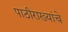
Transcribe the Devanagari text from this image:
पाठीराख्यांचे